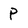
Character: P